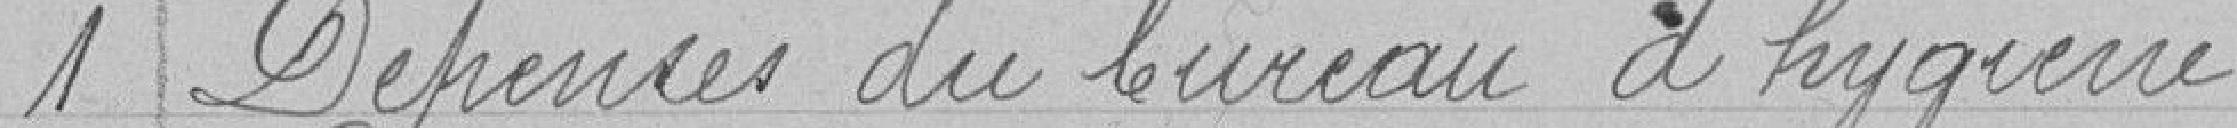
1 Dépenses du bureau d'hygiène